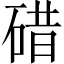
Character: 碏